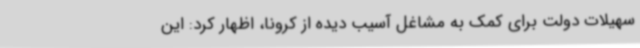
سهیلات دولت برای کمک به مشاغل آسیب دیده از کرونا، اظهار کرد: این